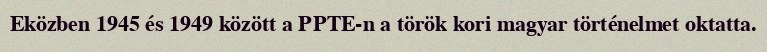
Eközben 1945 és 1949 között a PPTE-n a török kori magyar történelmet oktatta.